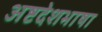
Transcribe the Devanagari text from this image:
अष्टदेशभाषा